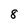
Character: 8